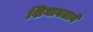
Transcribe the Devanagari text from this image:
शिनावताने